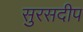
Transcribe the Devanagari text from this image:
सुरसदीप